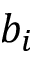
b _ { i }